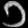
Digit: ၁